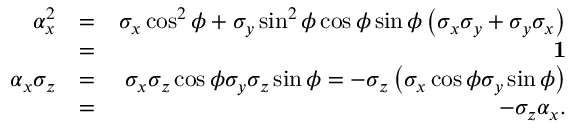
\begin{array} { r l r } { \alpha _ { x } ^ { 2 } } & { = } & { \sigma _ { x } \cos ^ { 2 } \phi + \sigma _ { y } \sin ^ { 2 } \phi \cos \phi \sin \phi \left( \sigma _ { x } \sigma _ { y } + \sigma _ { y } \sigma _ { x } \right) } \\ & { = } & { { \bf 1 } } \\ { \alpha _ { x } \sigma _ { z } } & { = } & { \sigma _ { x } \sigma _ { z } \cos \phi \sigma _ { y } \sigma _ { z } \sin \phi = - \sigma _ { z } \left( \sigma _ { x } \cos \phi \sigma _ { y } \sin \phi \right) } \\ & { = } & { - \sigma _ { z } \alpha _ { x } . } \end{array}